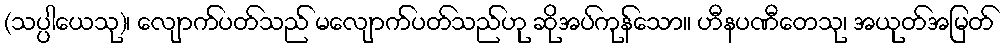
(သပ္ပါယေသု)၊ လျောက်ပတ်သည် မလျောက်ပတ်သည်ဟု ဆိုအပ်ကုန်သော။ ဟီနပဏီတေသု၊ အယုတ်အမြတ်